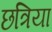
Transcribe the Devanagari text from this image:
छत्रिया